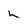
Character: h